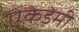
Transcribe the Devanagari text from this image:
ऐकेडेमी